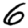
Digit: 6